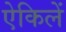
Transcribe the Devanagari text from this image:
ऐकिलें